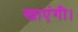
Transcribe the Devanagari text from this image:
खाएंगी।